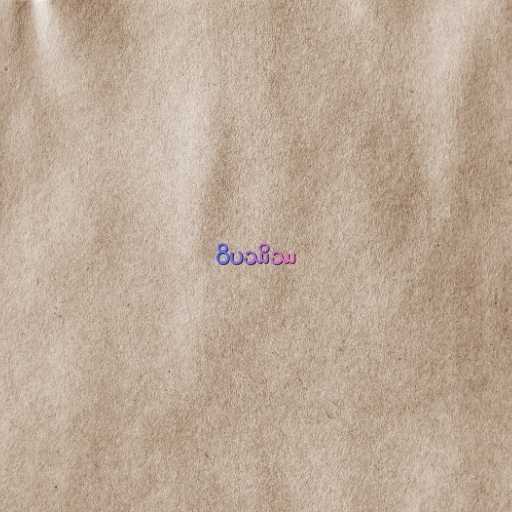
ဝိပဿိဿ